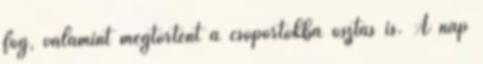
fog, valamint megtörtént a csoportokba osztás is. A nap